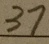
3 7